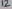
Text: 12